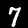
Label: 7